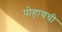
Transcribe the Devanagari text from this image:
पोहायची